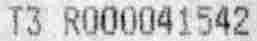
T3 R000041542